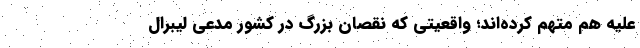
علیه هم متهم کرده‌اند؛ واقعیتی که نقصان بزرگ در کشور مدعی لیبرال